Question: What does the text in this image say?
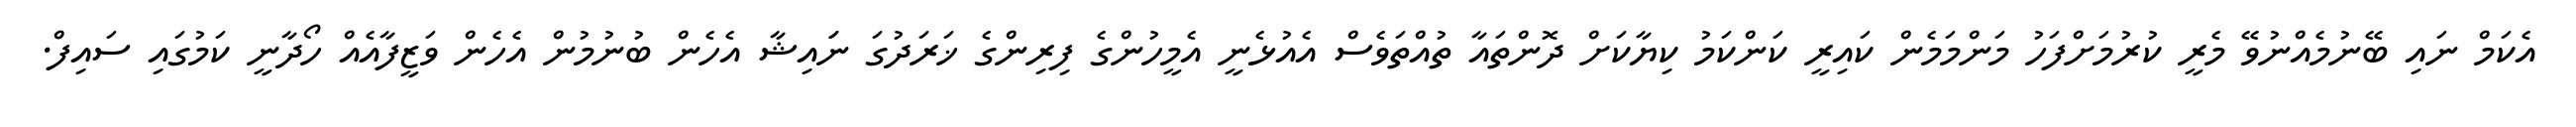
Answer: އެކަމް ނައި ބޭނުމެއްނުވޭ މެރީ ކުރުމަށްފަހު މަންމަމެން ކައިރީ ކަންކަމު ކިޔާކަށް ދޮންތައާ ތުއްތަވެސް އެއުޅެނީ އެމީހުންގެ ފިރިންގެ ޚަރަދުގަ ނަައިޝާ އެހެން ބުނުމުން އެހެން ވަޒީފާއެއް ހޯދާނީ ކަމުގައި ސައިފް.